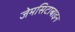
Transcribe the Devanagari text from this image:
जेमसिटाबाइन